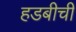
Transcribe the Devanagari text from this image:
हडबीची